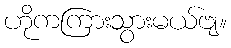
ဟိုကကြားသွားမယ်ဗျ။